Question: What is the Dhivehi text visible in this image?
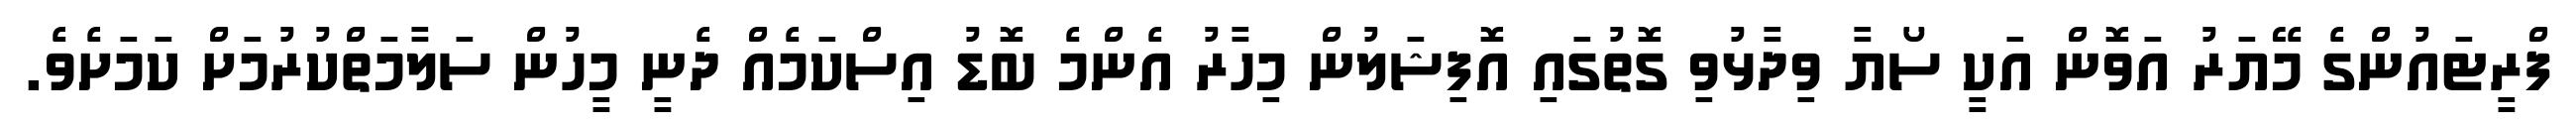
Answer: ފްރީޓައުންގެ މޭޔަރު އަވޮން އަކީ ސޯޔާ ވިދާޅުވި ގޮތުގައި އޮފިޝަލުން މިހާރު އެންމެ ބޮޑު އިސްކަމެއް ދެނީ މީހުން ސަލާމަތްކުރުމަށް ކަމަށެވެ.